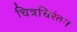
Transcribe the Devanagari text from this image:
चित्रचिरंतन